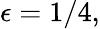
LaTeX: \epsilon=1/4,